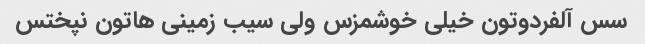
سس آلفردوتون خیلی خوشمزس ولی سیب زمینی هاتون نپختس